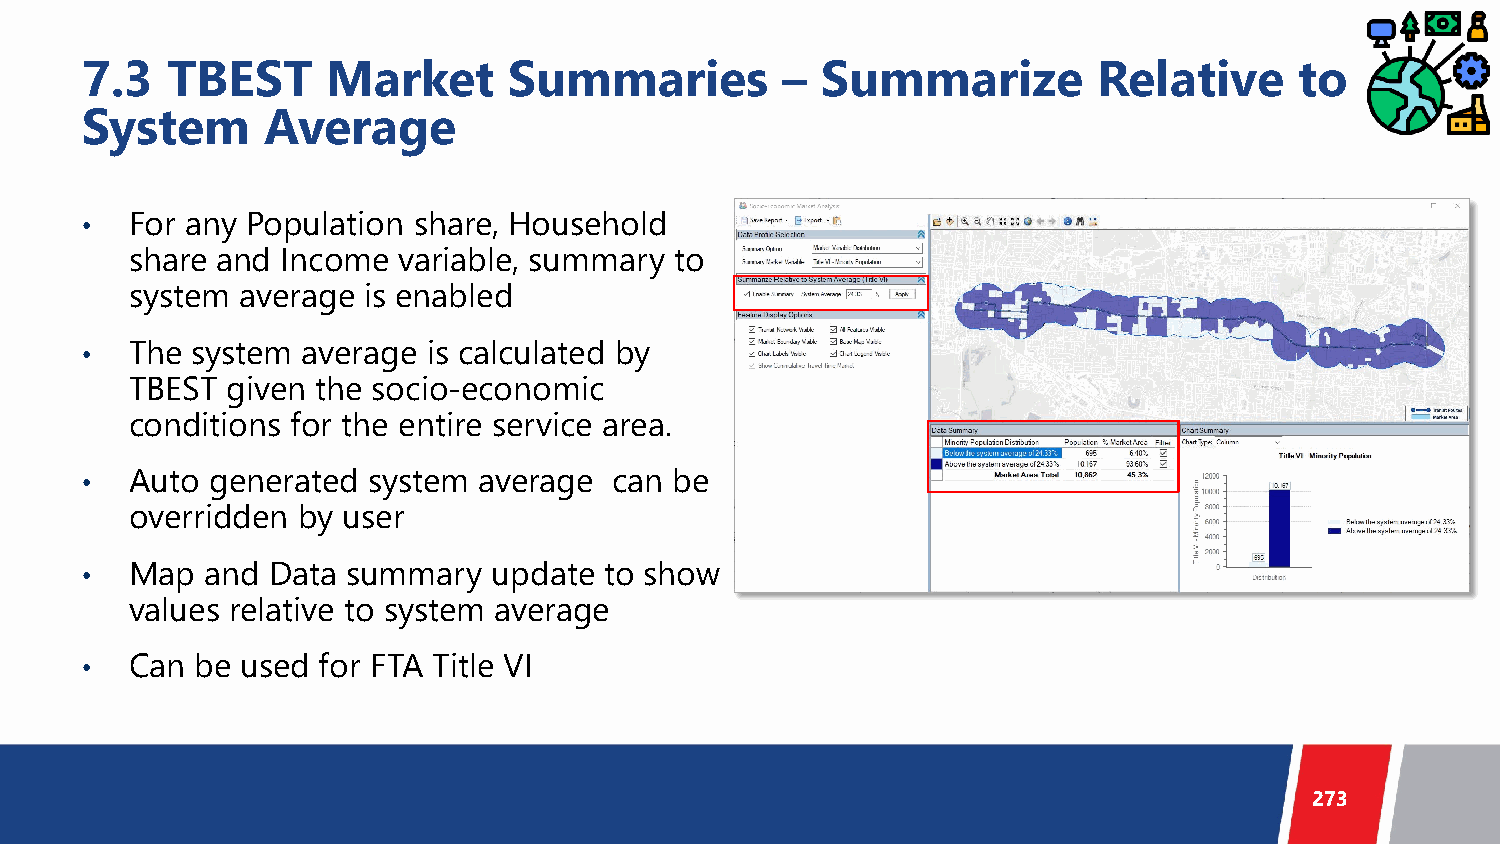
7.3   TBEST      Market      Summaries         – Summarize          Relative     to
 System      Average
 •   For any Population share, Household
 share and Income variable, summary  to
 system average is enabled
 •   The system average is calculated by
 TBEST given the socio-economic
 conditions for the entire service area.
 •   Auto generated system  average  can be
 overridden by user
 •   Map  and Data summary   update to show
 values relative to system average
 •   Can be used for FTA Title VI
 273